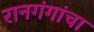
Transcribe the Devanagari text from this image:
रानगंगांचा